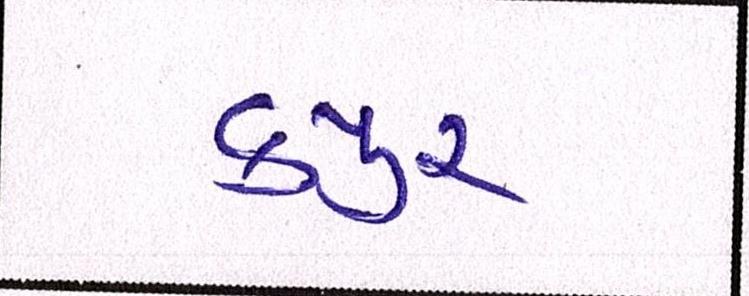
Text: કપુર